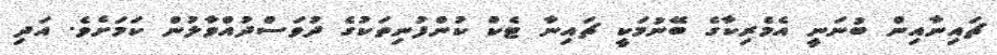
ޗައިނާއިން ބުނަނީ އެމެރިކާގެ ބޭނުމަކީ ޗައިނާ ޓެކް ކުންފުނިތަކުގެ ދުވަސްދުއްވާލުން ކަމަށެވެ. އަދި